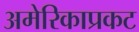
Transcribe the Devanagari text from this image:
अमेरिकाप्रकट